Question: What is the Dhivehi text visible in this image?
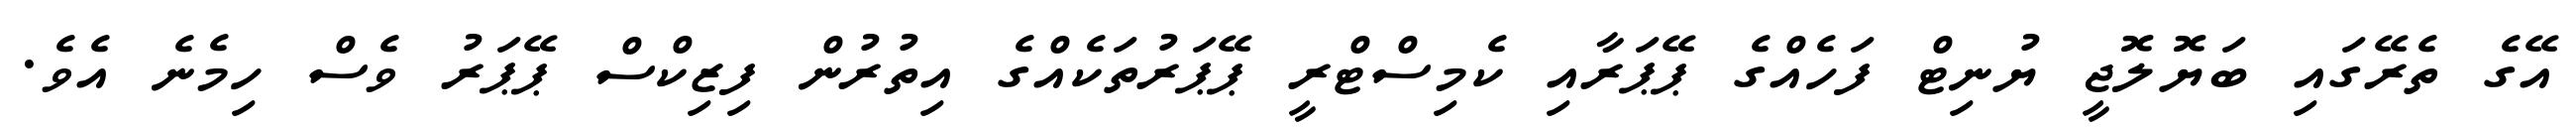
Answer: އޭގެ ތެރޭގައި ބަޔޮލޮޖީ ޔުނިޓް ފަހެއްގެ ޕޭޕަރާއި ކެމިސްޓްރީ ޕޭޕަރުތަކެއްގެ އިތުރުން ފިޒިކްސް ޕޭޕަރު ވެސް ހިމެނެ އެވެ.